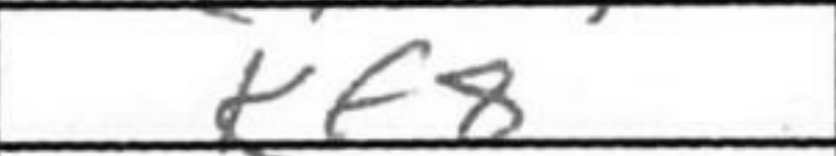
Transcription: Kf8